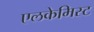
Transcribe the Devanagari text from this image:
एलकेमिस्ट